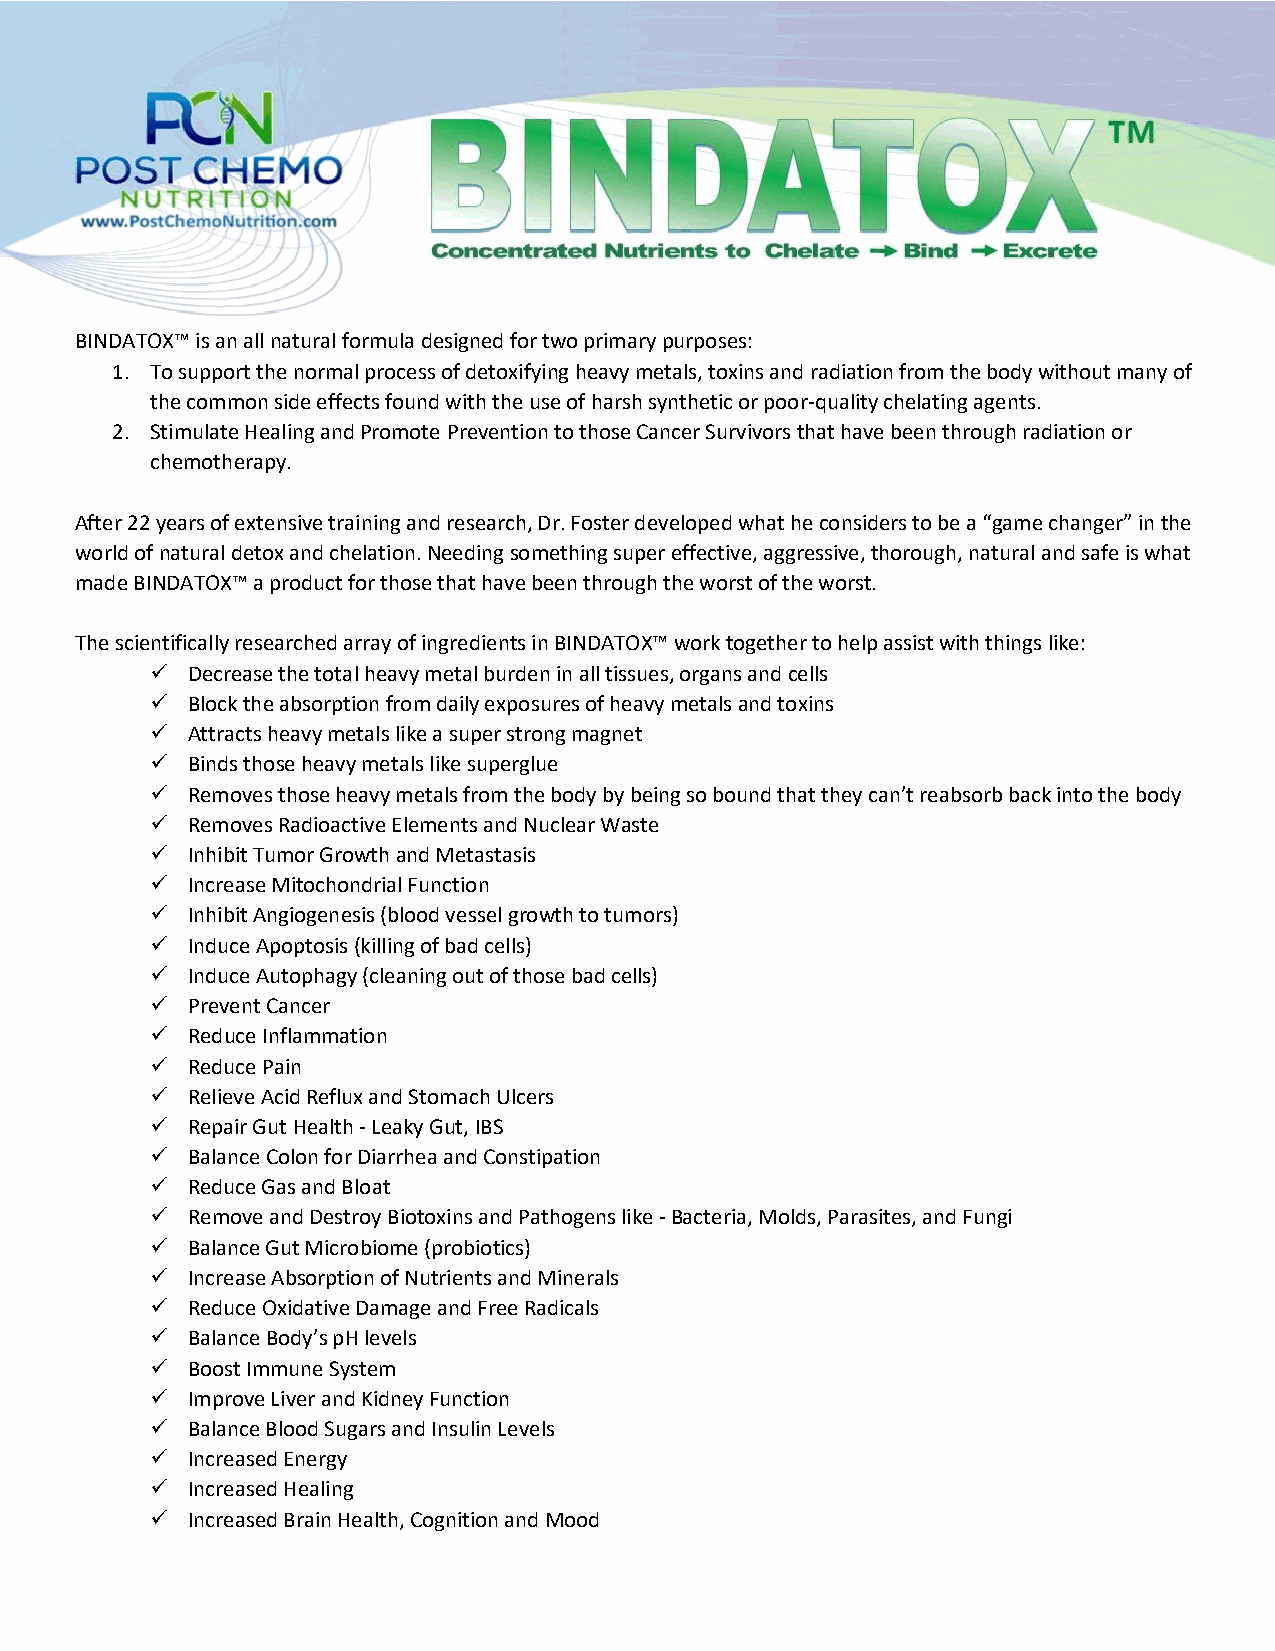
BINDATOX™ is an all natural formula designed for two primary purposes:
 1. To support the normal process of detoxifying heavy metals, toxins and radiation from the body without many of
 the common side effects found with the use of harsh synthetic or poor-quality chelating agents.
 2. Stimulate Healing and Promote Prevention to those Cancer Survivors that have been through radiation or
 chemotherapy.
 After 22 years of extensive training and research, Dr. Foster developed what he considers to be a “game changer” in the
 world of natural detox and chelation. Needing something super effective, aggressive, thorough, natural and safe is what
 made BINDATOX™ a product for those that have been through the worst of the worst.
 The scientifically researched array of ingredients in BINDATOX™ work together to help assist with things like:
 ✓ Decrease the total heavy metal burden in all tissues, organs and cells
 ✓ Block the absorption from daily exposures of heavy metals and toxins
 ✓ Attracts heavy metals like a super strong magnet
 ✓ Binds those heavy metals like superglue
 ✓ Removes those heavy metals from the body by being so bound that they can’t reabsorb back into the body
 ✓ Removes Radioactive Elements and Nuclear Waste
 ✓ Inhibit Tumor Growth and Metastasis
 ✓ Increase Mitochondrial Function
 ✓ Inhibit Angiogenesis (blood vessel growth to tumors)
 ✓ Induce Apoptosis (killing of bad cells)
 ✓ Induce Autophagy (cleaning out of those bad cells)
 ✓ Prevent Cancer
 ✓ Reduce Inflammation
 ✓ Reduce Pain
 ✓ Relieve Acid Reflux and Stomach Ulcers
 ✓ Repair Gut Health - Leaky Gut, IBS
 ✓ Balance Colon for Diarrhea and Constipation
 ✓ Reduce Gas and Bloat
 ✓ Remove and Destroy Biotoxins and Pathogens like - Bacteria, Molds, Parasites, and Fungi
 ✓ Balance Gut Microbiome (probiotics)
 ✓ Increase Absorption of Nutrients and Minerals
 ✓ Reduce Oxidative Damage and Free Radicals
 ✓ Balance Body’s pH levels
 ✓ Boost Immune System
 ✓ Improve Liver and Kidney Function
 ✓ Balance Blood Sugars and Insulin Levels
 ✓ Increased Energy
 ✓ Increased Healing
 ✓ Increased Brain Health, Cognition and Mood